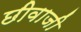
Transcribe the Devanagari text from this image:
छीवाजी